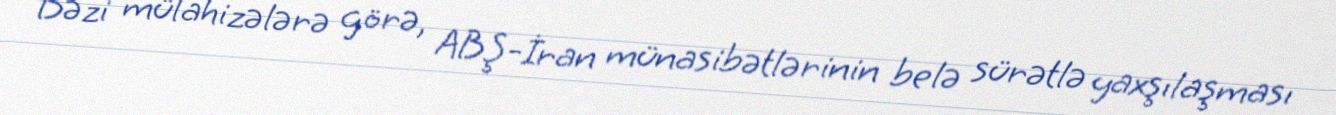
Bəzi mülahizələrə görə, ABŞ-İran münasibətlərinin belə sürətlə yaxşılaşması